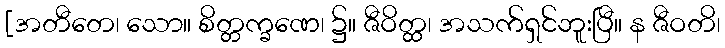
[အတီတေ၊ သော။ စိတ္တက္ခဏေ၊ ၌။ ဇီဝိတ္ထ၊ အသက်ရှင်ဘူးပြီ။ န ဇီဝတိ၊